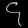
Digit: ၄